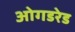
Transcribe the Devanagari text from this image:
ओगडरेड